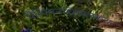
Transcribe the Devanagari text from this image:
चैम्पियनशिपबरकरार